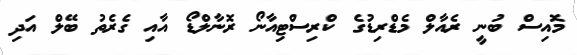
މޮއިސް ބުނީ ރެއާލް މެޑްރިޑުގެ ކްރިސްޓިއާނޯ ރޮނާލްޑޯ އާއި ގެރެތު ބޭލް އަދި